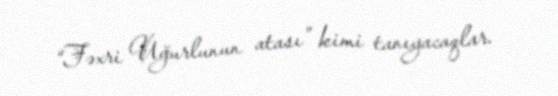
“Fəxri Uğurlunun atası” kimi tanıyacaqlar.